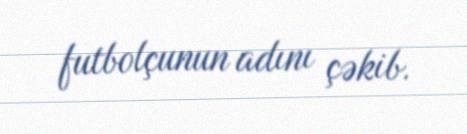
futbolçunun adını çəkib.